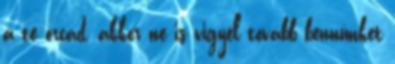
a te orcád, akkor ne is vigyél tovább bennünket